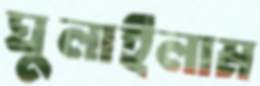
ঘুলাইলাম